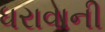
ધરાવાની